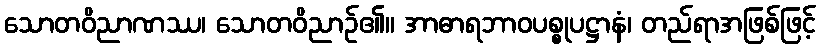
သောတဝိညာဏဿ၊ သောတဝိညာဉ်၏။ အာဓာရဘာဝပစ္စုပဋ္ဌာနံ၊ တည်ရာအဖြစ်ဖြင့်